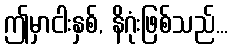
ဤမှာငါးနှစ်, နိဂုံးဖြစ်သည်...